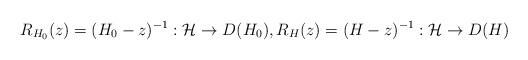
LaTeX: \begin{align*}R_{H_0} (z) = (H_0 - z)^{-1}:\mathcal H\to D(H_0), R_H (z) = (H-z)^{-1}:\mathcal H\to D(H)\end{align*}